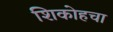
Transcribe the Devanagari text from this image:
शिकोहचा